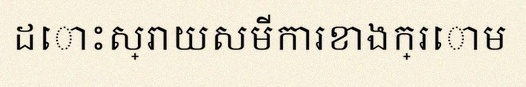
ដោះស្រាយសមីការខាងក្រោម